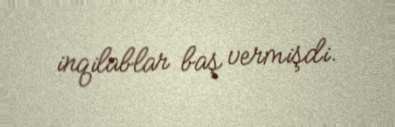
inqilablar baş vermişdi.